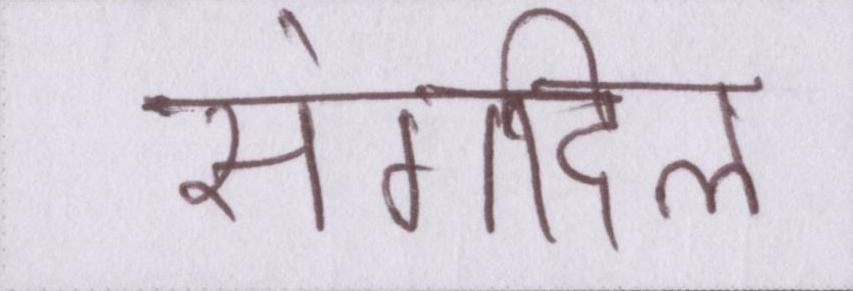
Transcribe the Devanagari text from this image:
संगदिल